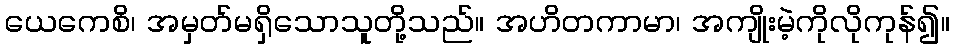
ယေကေစိ၊ အမှတ်မရှိသောသူတို့သည်။ အဟိတကာမာ၊ အကျိုးမဲ့ကိုလိုကုန်၍။